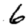
Digit: 6